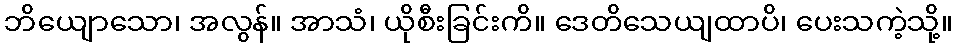
ဘိယျောသော၊ အလွန်။ အာသံ၊ ယိုစီးခြင်းကိ။ ဒေတိသေယျထာပိ၊ ပေးသကဲ့သို့။